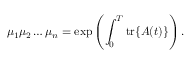
\mu _ { 1 } \mu _ { 2 } \dots \mu _ { n } = \mathrm { e x p } \left( \int _ { 0 } ^ { T } \mathrm { t r } \{ A ( t ) \} \right) .